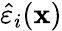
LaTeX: \hat{\varepsilon}_{i}({\mathbf x})